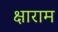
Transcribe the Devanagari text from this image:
क्षाराम